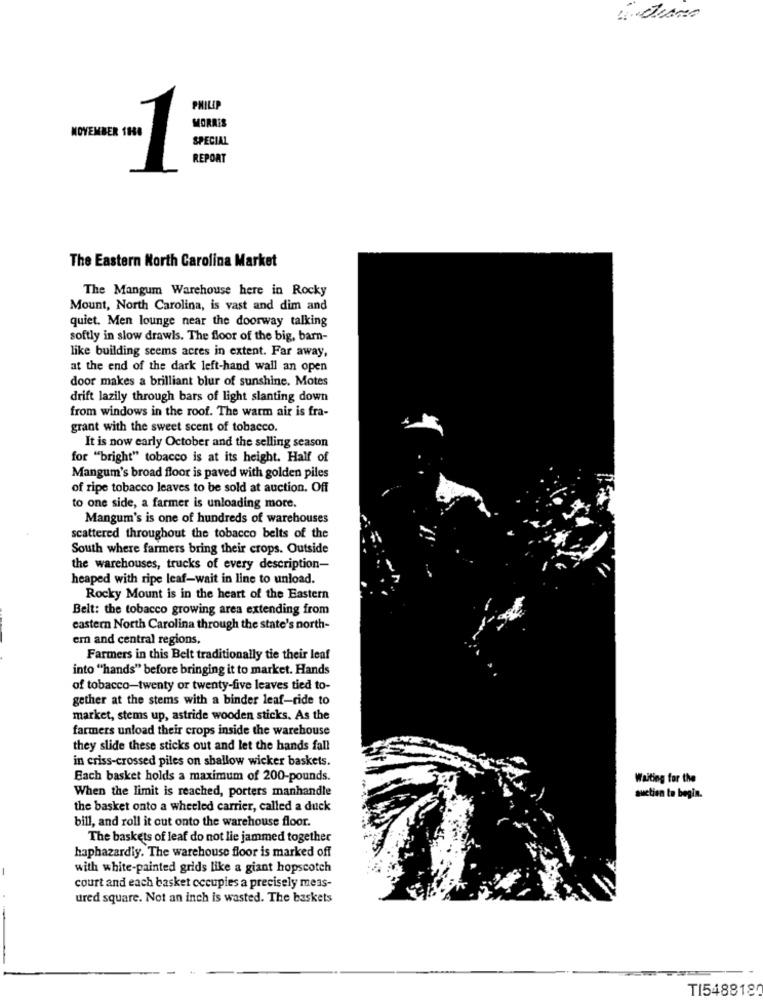
PHILIP
MORRIS
SPECIAL
REPORT
The Eastern North Carolina Market
The Mangum Warehouse here in Rocky
Mount, North Carolina, is vast and dim and
quiet. Men lounge near the doorway talking
softly in slow drawls. The floor of the big, barn-
like building seems acres in extent. Far away,
at the end of the dark left-hand wall an open
door makes a brilliant blur of sunshine. Motes
drift lazily through bars of light slanting down
from windows in the roof. The warm air is fra-
grant with the sweet scent of tobacco.
It is now early October and the selling season
for "bright" tobacco is at its height. Half of
Mangum's broad floor is paved with golden piles
of ripe tobacco leaves to be sold at auction. Off
to one side, a farmer is unloading more.
Mangum's is one of hundreds of warehouses
scattered throughout the tobacco belts of the
South where farmers bring their crops. Outside
the warehouses, trucks of every description-
heaped with ripe leaf-wait in line to unload.
Rocky Mount is in the heart of the Eastern
Belt: the tobacco growing ares extending from
eastern North Carolina through the state's north-
em and central regions,
Farmers in this Belt traditionally tie their leaf
into "hands" before bringing it to market. Hands
of tobacco-twenty or twenty-five leaves tied to-
gether at the stems with a binder leaf-ride to
market, stems up, astride wooden sticks. As the
farmers unload their crops inside the warehouse
they slide these sticks out and let the hands fall
in criss-crossed piles on shallow wicker baskets.
Bach basket holds a maximum of 200-pounds.
Waiting for the
When the limit is reached, porters manhandle
auction to begin.
the basket onto a wheeled carrier, called a duck
bill, and roll it out onto the warehouse floor.
The baskets of leaf do not lie jammed together
haphazardly. The warehouse floor is marked off
with white-painted grids like a giant hopscotch
court and each basket occupies a precisely meas-
ured square. Not an inch is wasted. The baskets
TI5488180